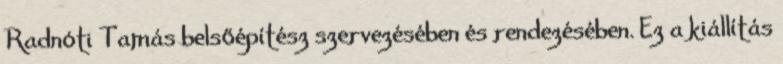
Radnóti Tamás belsőépítész szervezésében és rendezésében. Ez a kiállítás